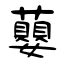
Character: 蘡